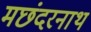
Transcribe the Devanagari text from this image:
मछंदरनाथ